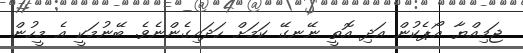
ޖަމިއްޔާ އޯޕެކުން އަދި އޮތީ ނޭނގޭ ކަމަށް ހަދައިގެންނެވެ. ބޭނުމަކީ އެ މީހުން